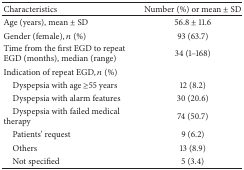
<table><thead><tr><td><b>Characteristics</b></td><td><b>Number (%) or mean ± SD</b></td></tr></thead><tbody><tr><td>Age (years), mean ± SD</td><td>56.8 ± 11.6</td></tr><tr><td>Gender (female), <i>n</i> (%)</td><td>93 (63.7)</td></tr><tr><td>Time from the first EGD to repeat EGD (months), median (range)</td><td>34 (1–168)</td></tr><tr><td>Indication of repeat EGD, <i>n</i> (%)</td><td> </td></tr><tr><td> Dyspepsia with age ≥55 years</td><td>12 (8.2)</td></tr><tr><td> Dyspepsia with alarm features</td><td>30 (20.6)</td></tr><tr><td> Dyspepsia with failed medical therapy</td><td>74 (50.7)</td></tr><tr><td> Patients&#x27; request</td><td>9 (6.2)</td></tr><tr><td> Others</td><td>13 (8.9)</td></tr><tr><td> Not specified</td><td>5 (3.4)</td></tr></tbody></table>